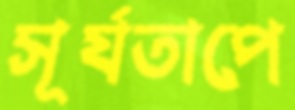
সূর্যতাপে